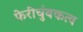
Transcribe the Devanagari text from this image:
फेरीचुंबकत्व